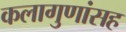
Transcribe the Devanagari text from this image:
कलागुणांसह